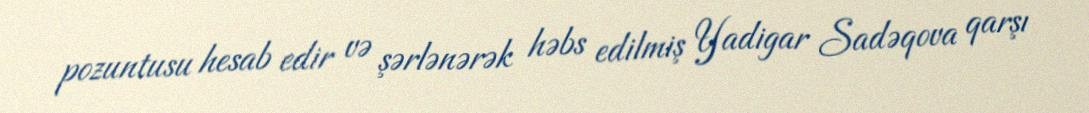
pozuntusu hesab edir və şərlənərək həbs edilmiş Yadigar Sadəqova qarşı